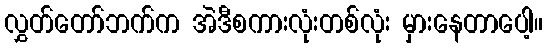
လွှတ်တော်ဘက်က အဲဒီစကားလုံးတစ်လုံး မှားနေတာပေါ့။